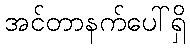
အင်တာနက်ပေါ်ရှိ